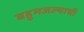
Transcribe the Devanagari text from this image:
बहुमजल्याची